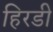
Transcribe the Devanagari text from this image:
हिरडी